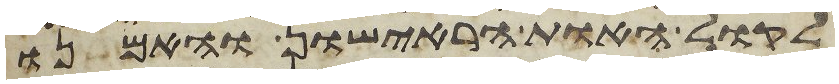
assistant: לקול האות הראישון והאמנו